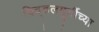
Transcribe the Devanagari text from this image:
विठ्ठलमूर्तीच्या